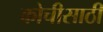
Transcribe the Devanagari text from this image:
कोचीसाठी